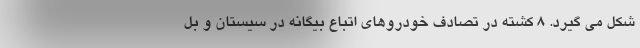
شکل می گیرد. 8 کشته در تصادف خودروهای اتباع بیگانه در سیستان و بل